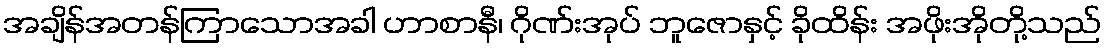
အချိန်အတန်ကြာသောအခါ ဟာစာနီ၊ ဂိုဏ်းအုပ် ဘူဇောနှင့် ခိုထိန်း အဖိုးအိုတို့သည်